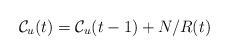
LaTeX: \begin{align*}\mathcal{C}_u(t) = \mathcal{C}_u(t-1) + N/R(t)\end{align*}